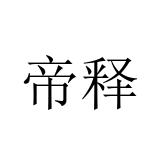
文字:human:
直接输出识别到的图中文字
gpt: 帝释